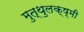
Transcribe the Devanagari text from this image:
मुत्थुलक्ष्मी